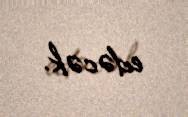
edəcək.